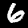
Digit: 6